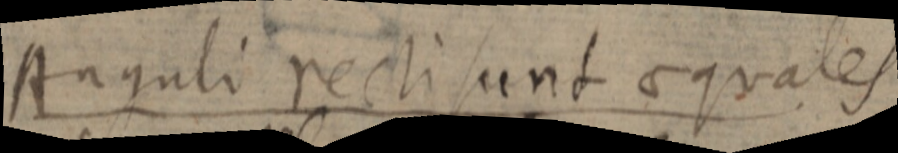
Anguli recti sunt aequales